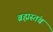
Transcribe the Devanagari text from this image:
ब्रह्मस्तंब